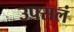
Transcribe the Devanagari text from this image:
उपसलं